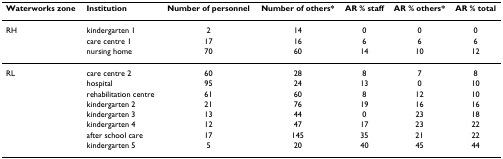
<table><thead><tr><td><b>Waterworks zone</b></td><td><b>Institution</b></td><td><b>Number of personnel</b></td><td><b>Number of others*</b></td><td><b>AR % staff</b></td><td><b>AR % others*</b></td><td><b>AR % total</b></td></tr></thead><tbody><tr><td>RH</td><td>kindergarten 1</td><td>2</td><td>14</td><td>0</td><td>0</td><td>0</td></tr><tr><td></td><td>care centre 1</td><td>17</td><td>16</td><td>6</td><td>6</td><td>6</td></tr><tr><td></td><td>nursing home</td><td>70</td><td>60</td><td>14</td><td>10</td><td>12</td></tr><tr><td>RL</td><td>care centre 2</td><td>60</td><td>28</td><td>8</td><td>7</td><td>8</td></tr><tr><td></td><td>hospital</td><td>95</td><td>24</td><td>13</td><td>0</td><td>10</td></tr><tr><td></td><td>rehabilitation centre</td><td>61</td><td>60</td><td>8</td><td>12</td><td>10</td></tr><tr><td></td><td>kindergarten 2</td><td>21</td><td>76</td><td>19</td><td>16</td><td>16</td></tr><tr><td></td><td>kindergarten 3</td><td>13</td><td>44</td><td>0</td><td>23</td><td>18</td></tr><tr><td></td><td>kindergarten 4</td><td>12</td><td>47</td><td>17</td><td>23</td><td>22</td></tr><tr><td></td><td>after school care</td><td>17</td><td>145</td><td>35</td><td>21</td><td>22</td></tr><tr><td></td><td>kindergarten 5</td><td>5</td><td>20</td><td>40</td><td>45</td><td>44</td></tr></tbody></table>